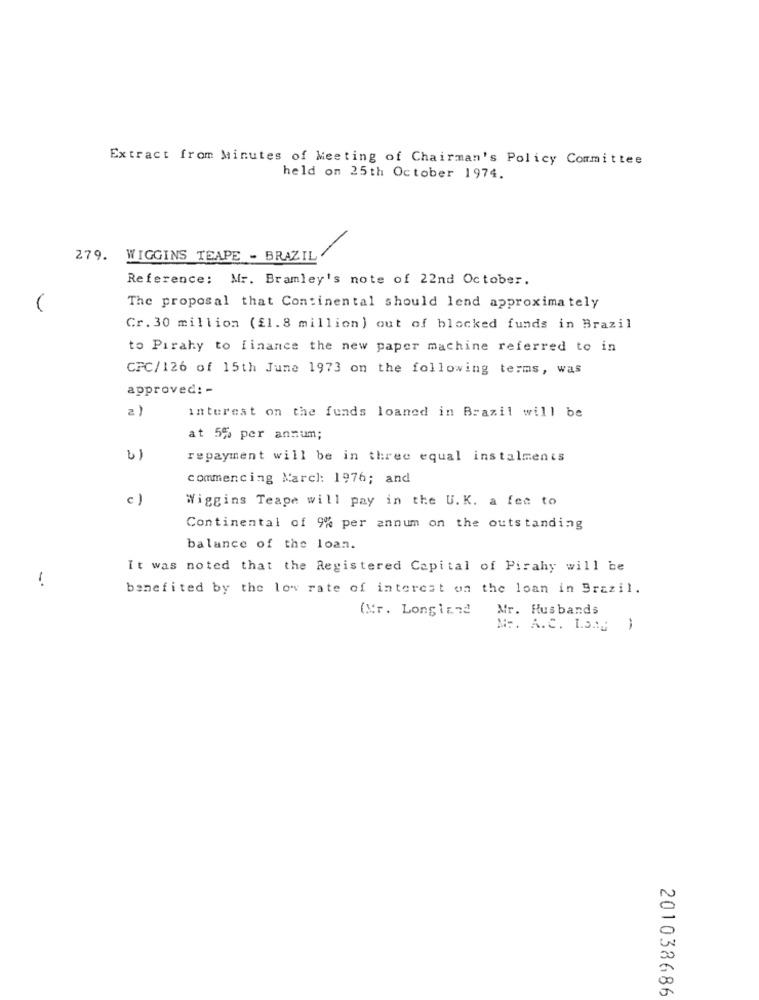
Extract from Minutes of Meeting of Chairman's Policy Committee
held on 25th October 1974.
279. WIGGINS TEAPE - BRAZIL
Reference: Mr. Bramley's note of 22nd October.
The proposal that Continental should lend approximately
Cr. 30 million (£1. 8 million) out of blocked funds in Brazil
to Pirahy to finance the new paper machine referred to in
CFC/126 of 15th June 1973 on the following terms, was
approved: -
a )
interest on the funds loaned in Brazil will be
at 5% per annum;
4)
repayment will be in three equal instalments
commencing Marcl: 1976; and
c
Wiggins Teape will pay in the U.K. a fec to
Continental of 9% per annum on the outstanding
balance of the loan.
It was noted that the Registered Capital of Pirahy will be
-
benefited by the low rate of interest on the loan in Brazil.
(Mr. Longland
Mr. Husbands
Mo. A.C. L.3Mg )
201038686